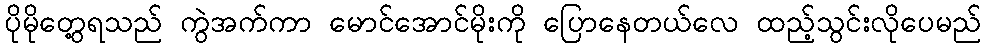
ပိုမိုတွေ့ရသည် ကွဲအက်ကာ မောင်အောင်မိုးကို ပြောနေတယ်လေ ထည့်သွင်းလိုပေမည်